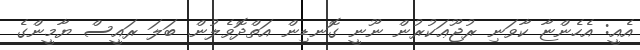
އެއީ: އެހެންޏާ ކާވަނި ރުޖޫޢަކުރުން ނޫނީ ގޮނޑިން އަތްދޮވެލުން. ބަލަ ރައީސް ޔާމީންގެ